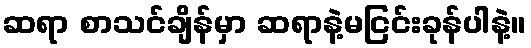
ဆရာ စာသင်ချိန်မှာ ဆရာနဲ့မငြင်းခုန်ပါနဲ့။